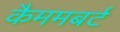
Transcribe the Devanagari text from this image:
कैममबर्ट